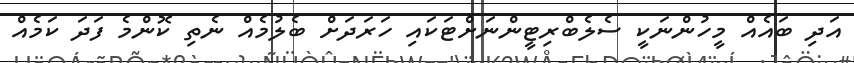
އަދި ބައެއް މީހުންނަކީ ސެލެބްރިޓީންނަށްޓަކައި ހަރަދަށް ބެލުމެއް ނެތި ކޮންމެ ފަދަ ކަމެއް